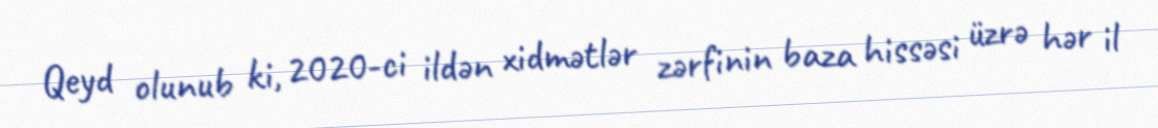
Qeyd olunub ki, 2020-ci ildən xidmətlər zərfinin baza hissəsi üzrə hər il